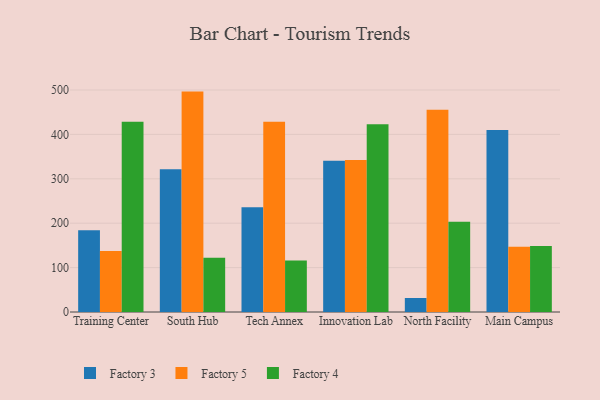
{"axis": {"x": "Campus", "y": "Conversion Rate (%)"}, "legend": ["Factory 3", "Factory 4", "Factory 5"], "data": [{"x": "Training Center", "y": 184.1, "type": "Factory 3"}, {"x": "Training Center", "y": 137.4, "type": "Factory 5"}, {"x": "Training Center", "y": 428.7, "type": "Factory 4"}, {"x": "South Hub", "y": 321.3, "type": "Factory 3"}, {"x": "South Hub", "y": 496.4, "type": "Factory 5"}, {"x": "South Hub", "y": 122.2, "type": "Factory 4"}, {"x": "Tech Annex", "y": 235.8, "type": "Factory 3"}, {"x": "Tech Annex", "y": 428.3, "type": "Factory 5"}, {"x": "Tech Annex", "y": 116.2, "type": "Factory 4"}, {"x": "Innovation Lab", "y": 340.7, "type": "Factory 3"}, {"x": "Innovation Lab", "y": 342.4, "type": "Factory 5"}, {"x": "Innovation Lab", "y": 422.9, "type": "Factory 4"}, {"x": "North Facility", "y": 31.6, "type": "Factory 3"}, {"x": "North Facility", "y": 455.3, "type": "Factory 5"}, {"x": "North Facility", "y": 203.2, "type": "Factory 4"}, {"x": "Main Campus", "y": 409.9, "type": "Factory 3"}, {"x": "Main Campus", "y": 146.9, "type": "Factory 5"}, {"x": "Main Campus", "y": 148.9, "type": "Factory 4"}]}